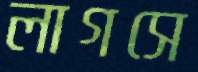
লাগসে